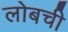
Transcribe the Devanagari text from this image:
लोबची